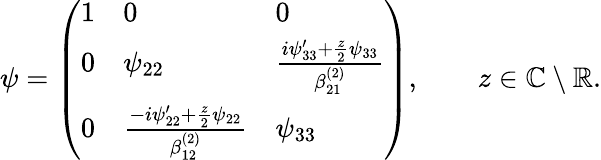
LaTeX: \begin{array}{r}{\psi=\left(\begin{array}{lll}{1}&{0}&{0}\\ {0}&{\psi_{22}}&{\frac{i\psi_{33}^{\prime}+\frac{z}{2}\psi_{33}}{\beta_{21}^{(2)}}}\\ {0}&{\frac{-i\psi_{22}^{\prime}+\frac{z}{2}\psi_{22}}{\beta_{12}^{(2)}}}&{\psi_{33}}\end{array}\right),\qquad z\in{\mathbb C}\setminus{\mathbb R}.}\end{array}